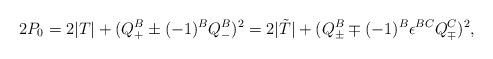
LaTeX: \begin{align*}2P_0=2 |T|+( Q_+^B \pm (-1)^B Q_-^B )^2=2 |{\tilde T}|+( Q_\pm^B\mp (-1)^B \epsilon^{BC} Q_\mp^C)^2 ,\end{align*}